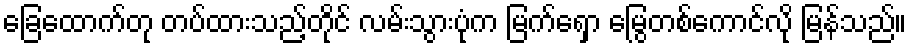
ခြေထောက်တု တပ်ထားသည့်တိုင် လမ်းသွားပုံက မြက်ရှော မြွေတစ်ကောင်လို မြန်သည်။